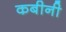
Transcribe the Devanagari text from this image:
कबीनी